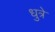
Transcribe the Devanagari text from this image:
धुत्रे